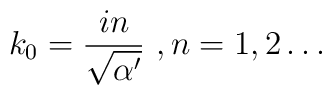
k_{0}=\frac{in}{\sqrt{\alpha'}}  \ , n=1,2\dots